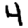
Digit: 4